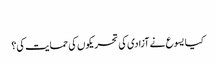
‏
کیا یسوع نے آزادی کی تحریکوں کی حمایت کی؟